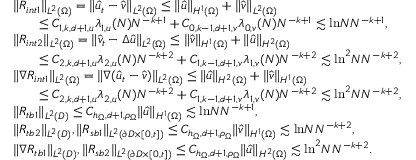
\begin{array} { r l } & { \| R _ { i n t 1 } \| _ { L ^ { 2 } ( \Omega ) } = \| \hat { u } _ { t } - \hat { v } \| _ { L ^ { 2 } ( \Omega ) } \leq \| \hat { u } \| _ { H ^ { 1 } ( \Omega ) } + \| \hat { v } \| _ { L ^ { 2 } ( \Omega ) } } \\ & { \qquad \leq C _ { 1 , k , d + 1 , u } \lambda _ { 1 , u } ( N ) N ^ { - k + 1 } + C _ { 0 , k - 1 , d + 1 , v } \lambda _ { 0 , v } ( N ) N ^ { - k + 1 } \lesssim \mathrm { l n } N N ^ { - k + 1 } , } \\ & { \| R _ { i n t 2 } \| _ { L ^ { 2 } ( \Omega ) } = \| \hat { v } _ { t } - \Delta \hat { u } \| _ { L ^ { 2 } ( \Omega ) } \leq \| \hat { v } \| _ { H ^ { 1 } ( \Omega ) } + \| \hat { u } \| _ { H ^ { 2 } ( \Omega ) } } \\ & { \qquad \leq C _ { 2 , k , d + 1 , u } \lambda _ { 2 , u } ( N ) N ^ { - k + 2 } + C _ { 1 , k - 1 , d + 1 , v } \lambda _ { 1 , v } ( N ) N ^ { - k + 2 } \lesssim \mathrm { l n } ^ { 2 } N N ^ { - k + 2 } , } \\ & { \| \nabla R _ { i n t 1 } \| _ { L ^ { 2 } ( \Omega ) } = \| \nabla ( \hat { u } _ { t } - \hat { v } ) \| _ { L ^ { 2 } ( \Omega ) } \leq \| \hat { u } \| _ { H ^ { 2 } ( \Omega ) } + \| \hat { v } \| _ { H ^ { 1 } ( \Omega ) } } \\ & { \qquad \leq C _ { 2 , k , d + 1 , u } \lambda _ { 2 , u } ( N ) N ^ { - k + 2 } + C _ { 1 , k - 1 , d + 1 , v } \lambda _ { 1 , v } ( N ) N ^ { - k + 2 } \lesssim \mathrm { l n } ^ { 2 } N N ^ { - k + 2 } , } \\ & { \| R _ { t b 1 } \| _ { L ^ { 2 } ( D ) } \leq C _ { h _ { \Omega } , d + 1 , \rho _ { \Omega } } \| \hat { u } \| _ { H ^ { 1 } ( \Omega ) } \lesssim \mathrm { l n } N N ^ { - k + 1 } , } \\ & { \| R _ { t b 2 } \| _ { L ^ { 2 } ( D ) } , \| R _ { s b 1 } \| _ { L ^ { 2 } ( \partial D \times [ 0 , t ] ) } \leq C _ { h _ { \Omega } , d + 1 , \rho _ { \Omega } } \| \hat { v } \| _ { H ^ { 1 } ( \Omega ) } \lesssim \mathrm { l n } N N ^ { - k + 2 } , } \\ & { \| \nabla R _ { t b 1 } \| _ { L ^ { 2 } ( D ) } , \| R _ { s b 2 } \| _ { L ^ { 2 } ( \partial D \times [ 0 , t ] ) } \leq C _ { h _ { \Omega } , d + 1 , \rho _ { \Omega } } \| \hat { u } \| _ { H ^ { 2 } ( \Omega ) } \lesssim \mathrm { l n } ^ { 2 } N N ^ { - k + 2 } . } \end{array}